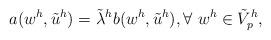
LaTeX: \begin{align*} a(w^h, \tilde{u}^h) = \tilde{\lambda}^h b(w^h, \tilde{u}^h), \forall \ w^h \in \tilde{V}^h_p,\end{align*}